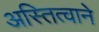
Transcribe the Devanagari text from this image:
अस्तित्‍वाने